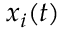
x _ { i } ( t )